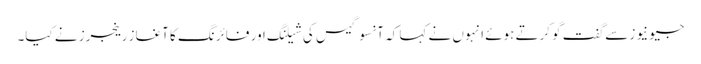
جیو نیوز سے گفت گو کرتے ہوئے انہوں نے کہا کہ آنسو گیس کی شیلنگ اور فائرنگ کا آغاز رینجرز نے کیا۔